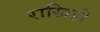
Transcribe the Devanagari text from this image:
राखिडी